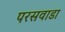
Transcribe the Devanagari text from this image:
परसवाडा